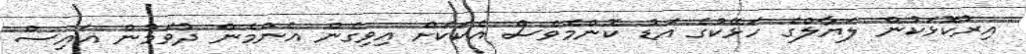
އިރުކޮޅަކުން ލަޔާލްގެ ހަޅޭކުގެ އަޑު ކޮންމެވެސް އެކަކަށް އިވިގެން އެންމެން ދުވަމުން އައިސް